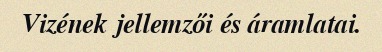
Vizének jellemzői és áramlatai.